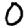
Digit: 0